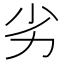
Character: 劣